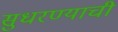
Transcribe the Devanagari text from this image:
सुधरण्याची